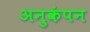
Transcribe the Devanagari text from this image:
अनुकंपन